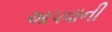
આ૫વાની